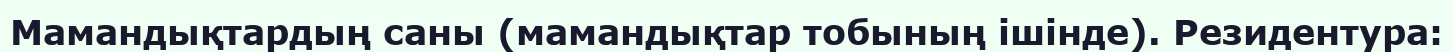
Мамандықтардың саны (мамандықтар тобының ішінде). Резидентура: